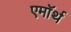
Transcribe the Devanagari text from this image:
एमॉर्थ